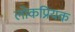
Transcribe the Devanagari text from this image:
लोकप्रियक